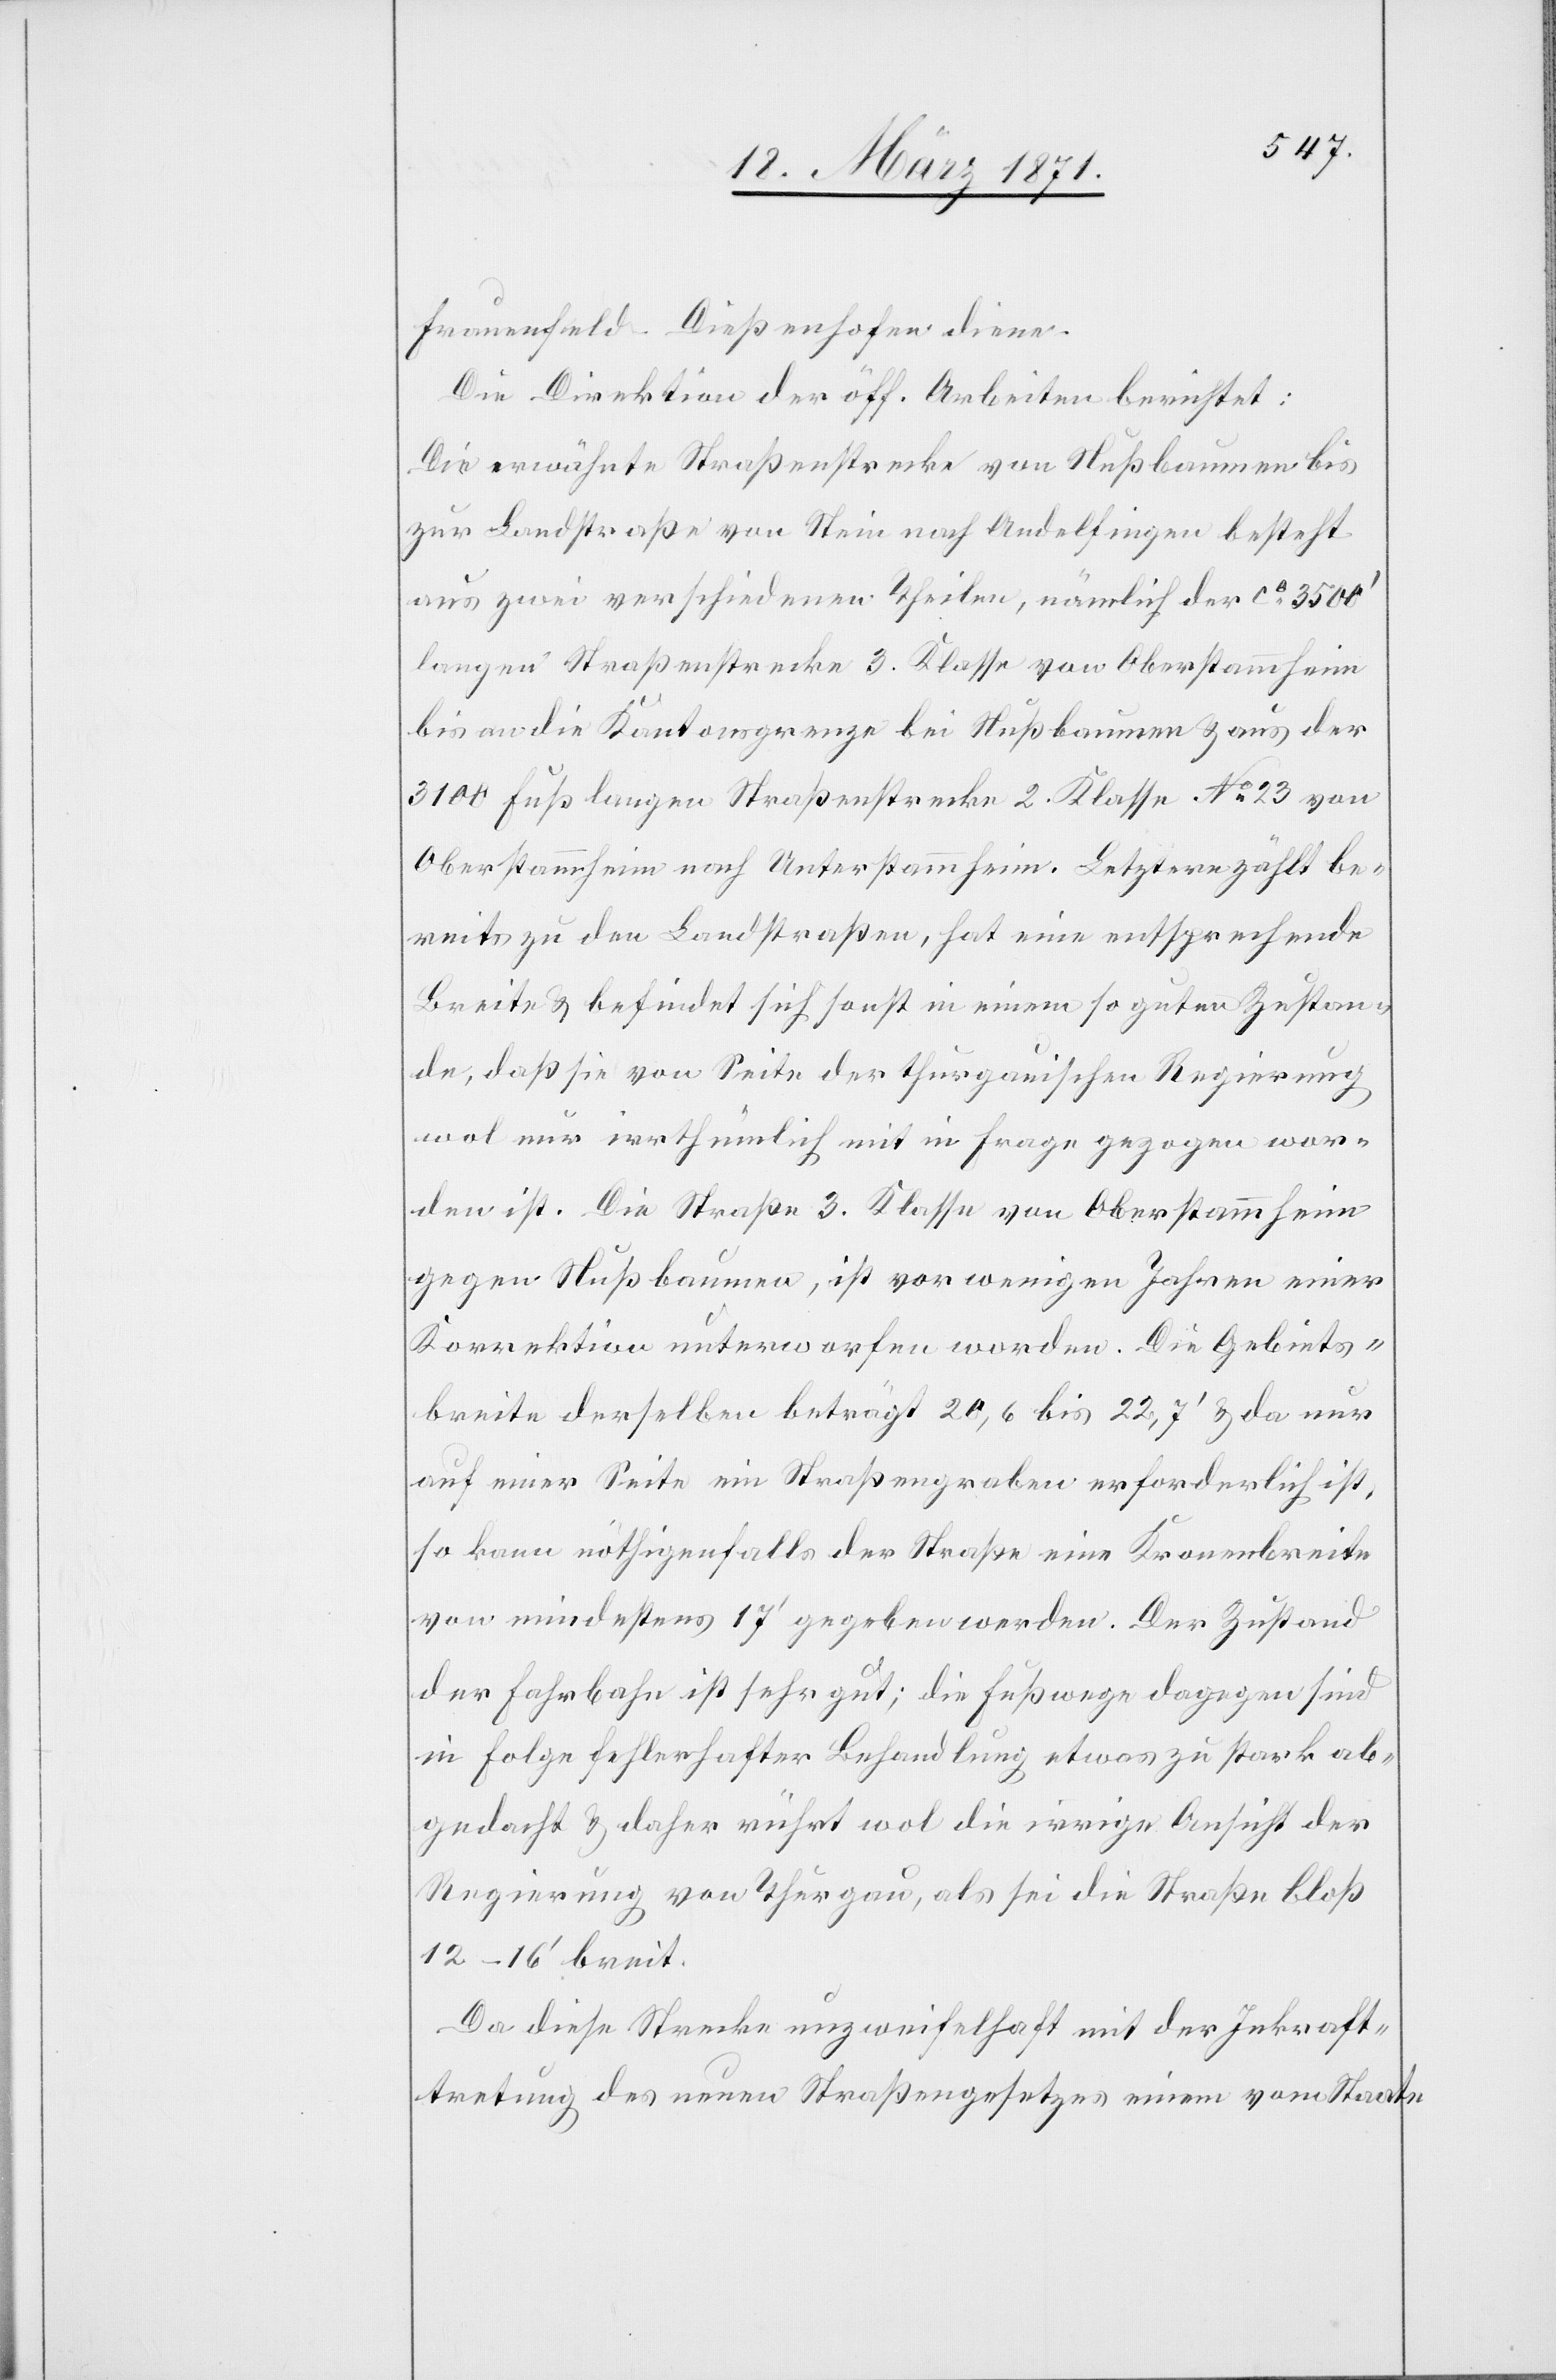
Frauenfeld-Dießenhofen diene.
Die Direktion der öff. Arbeiten berichtet:
Die erwähnte Straßenstrecke von Nußbaumen bis
zur Landstraße von Stein nach Andelfingen besteht
aus zwei verschiedenen Theilen, nämlich der ca. 3500‘
langen Straßenstrecke 3. Klasse von Oberstammheim
bis an die Kantonsgrenze bei Nußbaumen u. aus der
3100 Fuß langen Straßenstrecke 2. Klasse No. 23 von
Oberstammheim nach Unterstammheim. Letztere zählt be¬
reits zu den Landstraßen, hat eine entsprechende
Breite u. befindet sich sonst in einem so guten Zustan¬
de, daß sie von Seite der thurgauischen Regierung
wol nur irrthümlich mit in Frage gezogen wor¬
den ist. Die Straße 3. Klasse von Oberstammheim
gegen Nußbaumen, ist vor wenigen Jahren einer
Korrektion unterworfen worden. Die Gebiets¬
breite derselben beträgt 20,6 bis 22,7‘ u. da nur
auf einer Seite ein Straßengraben erforderlich ist,
so kann nöthigenfalls der Straße eine Kronenbreite
von mindestens 17‘ gegeben werden. Der Zustand
der Fahrbahn ist sehr gut; die Fußwege dagegen sind
in Folge fehlerhafter Behandlung etwas zu stark ab¬
gedacht u. daher rührt wol die irrige Ansicht der
Regierung von Thurgau, als sei die Straße bloß
12–16‘ breit.
Da diese Strecke unzweifelhaft mit der Inkraft¬
tretung des neuen Straßengesetztes einem vom Staate